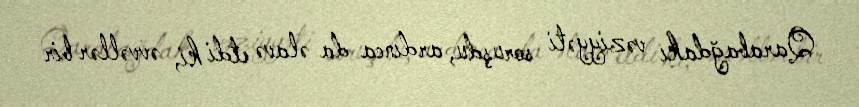
Qarabağdakı vəziyyəti soruşdu, ardınca da əlavə etdi ki, əvvəllər bir